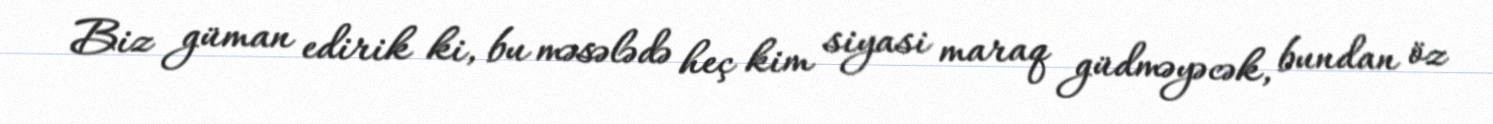
Biz güman edirik ki, bu məsələdə heç kim siyasi maraq güdməyəcək, bundan öz